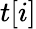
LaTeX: t[i]